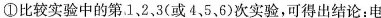
①比较实验中的第1、2，3(或4，5，6)次实验，可得出结论：电